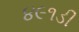
૪૯૧ડી